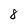
Character: 8